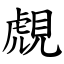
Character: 覤